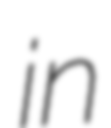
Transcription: in